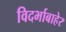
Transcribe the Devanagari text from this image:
विदर्भाबाहेर